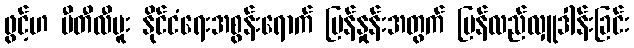
ဖွင့်ဟ ဗီတီလီဗူး နိုင်ငံရေးအစွန်းရောက် မြန်နှုန်းအတွက် ပြန်လည်လှူဒါန်းခြင်း